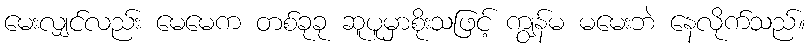
မေးလျှင်လည်း မေမေက တစ်ခုခု ဆူပူမှာစိုးသဖြင့် ကျွန်မ မမေးဘဲ နေလိုက်သည်။